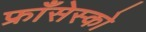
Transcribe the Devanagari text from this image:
फ्राँसेस्को